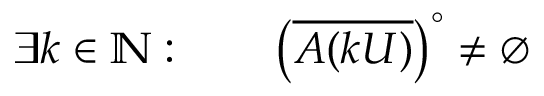
\exists k \in \mathbb { N } : \qquad \left( { \overline { { A ( k U ) } } } \right) ^ { \circ } \neq \varnothing